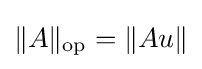
\|A\|_{\text{op}}=\|Au\|